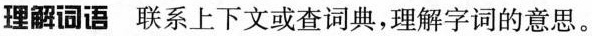
理解词语联系上下文或查词典，理解字词的意思。